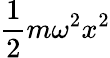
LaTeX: \frac{1}{2}m\omega^{2}x^{2}